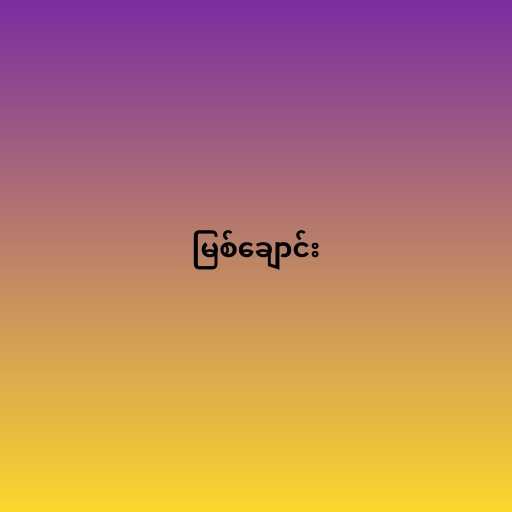
မြစ်ချောင်း